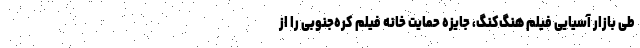
طی بازار آسیایی فیلم هنگ‌کنگ، جایزه حمایت خانه فیلم کره‌جنوبی را از